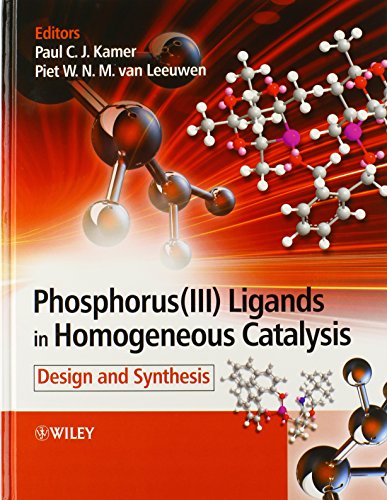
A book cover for Phosphorus(III)Ligands in Homogeneous Catalysis: Design and Synthesis; Science & Math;